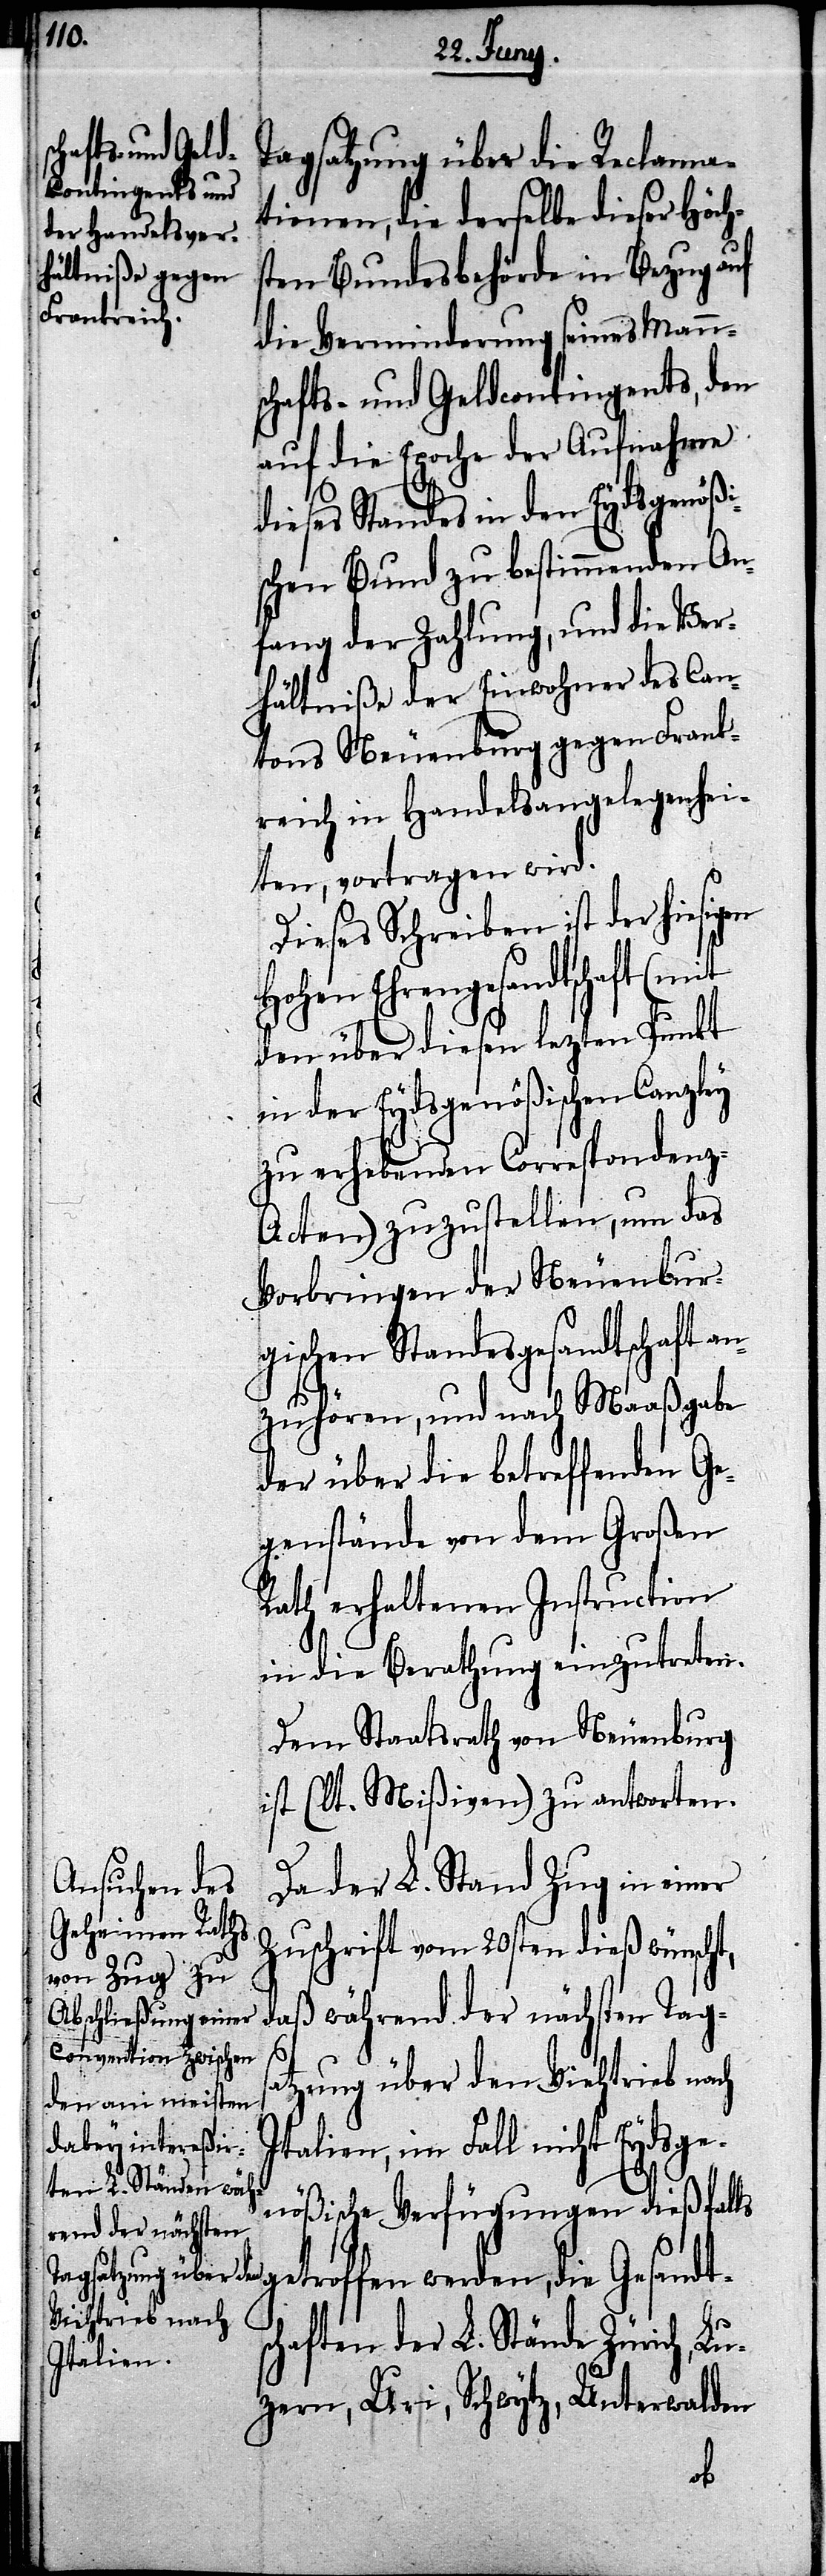
Tagsatzung über die Reclama¬
tionen, die derselbe dieser Höch¬
ten Bundesbehörde in Bezug auf
die Verminderung seines Mann¬
schafts- und Geldcontigents, den
auf die Epoche der Aufnahme
dieses Standes in den Eydsgenößi¬
schen Bund zu bestimmenden An¬
fang der Zahlung, und die Ver¬
hältniße der Einwohner des Can¬
tons Neuenburg gegen Frank¬
reich in Handelsangelegenhei¬
ten, vortragen wird.
Dieses Schreiben ist der hiesigen
Hohen Ehrengesandtschaft
den über diesen lezten Punkt
in der Eydsgenößischen Canzley
zu erhebenden Correspondenz-A¬
cten) zuzustellen, um das
Vorbringen der Neuenbur¬
gischen Standesgesandtschaften
zuhören, und nach Maaßgabe
der über die betreffenden Ge¬
genstände von dem Großen
Rath erhaltenen Instruction
in die Berathung einzutreten.
Dem Staatsrath von Neuenburg
ist (lt. Mißiven) zu antworten.
Da der L. Stand Zug in einer
Zuschrift vom 20sten dieß wünscht,
daß während der nächsten Tags¬
s¬
atzung über den Viehtrieb nach
Italien, im Fall nicht Eydsge¬
nößische Verfügungen dießfalls
getroffen werden, die Gesandt¬
schaften der L. Stände Zürich, Lu¬
zern, Uri, Schwytz, Unterwalden
an¬